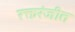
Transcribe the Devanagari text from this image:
रक्तरंजीत